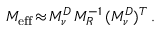
M _ { \mathrm { e f f } } \! \approx \! M _ { \nu } ^ { D } \, M _ { R } ^ { - 1 } \, ( M _ { \nu } ^ { D } ) ^ { T } \, .